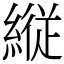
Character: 縦